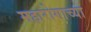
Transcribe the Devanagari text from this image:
महारोगाच्या